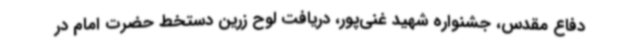
دفاع مقدس، جشنواره شهید غنی‌پور، دریافت لوح زرین دستخط حضرت امام در